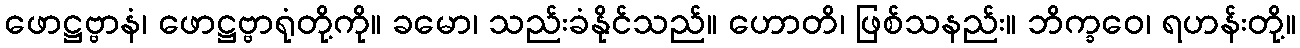
ဖောဋ္ဌဗ္ဗာနံ၊ ဖောဋ္ဌဗ္ဗာရုံတို့ကို။ ခမော၊ သည်းခံနိုင်သည်။ ဟောတိ၊ ဖြစ်သနည်း။ ဘိက္ခဝေ၊ ရဟန်းတို့။